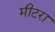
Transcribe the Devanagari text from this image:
मीटरा